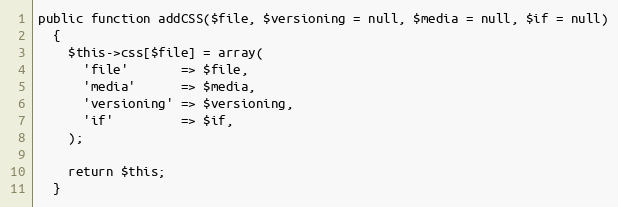
Language: PHP
public function addCSS($file, $versioning = null, $media = null, $if = null)
  {
    $this->css[$file] = array(
      'file'       => $file,
      'media'      => $media,
      'versioning' => $versioning,
      'if'         => $if,
    );

    return $this;
  }